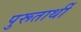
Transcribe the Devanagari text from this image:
पुरूतार्थी